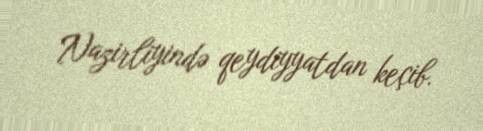
Nazirliyində qeydiyyatdan keçib.